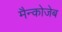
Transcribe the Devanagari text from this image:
मैन्कोजेब